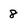
Character: 8